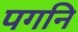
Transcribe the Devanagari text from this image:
पगनि